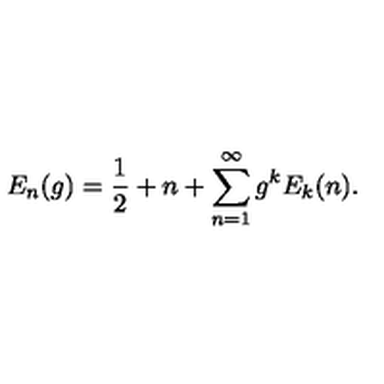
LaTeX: E _ { n } ( g ) = \frac { 1 } { 2 } + n + \sum _ { n = 1 } ^ { \infty } g ^ { k } E _ { k } ( n ) .